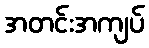
အတင်းအကျပ်